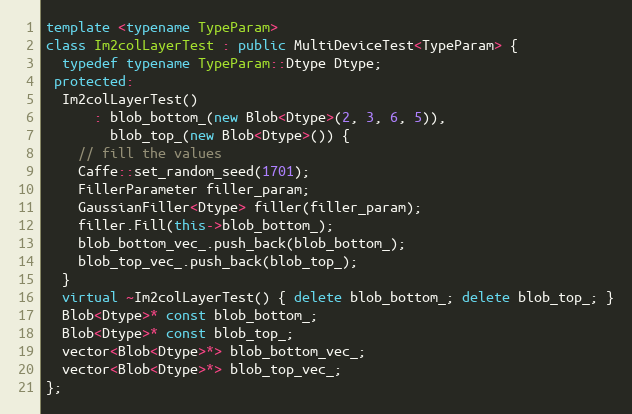
Language: C++
template <typename TypeParam>
class Im2colLayerTest : public MultiDeviceTest<TypeParam> {
  typedef typename TypeParam::Dtype Dtype;
 protected:
  Im2colLayerTest()
      : blob_bottom_(new Blob<Dtype>(2, 3, 6, 5)),
        blob_top_(new Blob<Dtype>()) {
    // fill the values
    Caffe::set_random_seed(1701);
    FillerParameter filler_param;
    GaussianFiller<Dtype> filler(filler_param);
    filler.Fill(this->blob_bottom_);
    blob_bottom_vec_.push_back(blob_bottom_);
    blob_top_vec_.push_back(blob_top_);
  }
  virtual ~Im2colLayerTest() { delete blob_bottom_; delete blob_top_; }
  Blob<Dtype>* const blob_bottom_;
  Blob<Dtype>* const blob_top_;
  vector<Blob<Dtype>*> blob_bottom_vec_;
  vector<Blob<Dtype>*> blob_top_vec_;
};